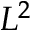
L ^ { 2 }